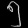
Digit: ၅